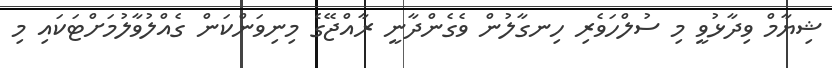
ޝިޔާމް ވިދާޅުވީ މި ސުލްހަވެރި ހިނގާލުން ވެގެންދާނީ ރާއްޖޭގެ މިނިވަންކަން ގެއްލުވާލުމަށްޓަކައި މި